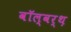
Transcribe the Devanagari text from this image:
वॉल्वर्थ़